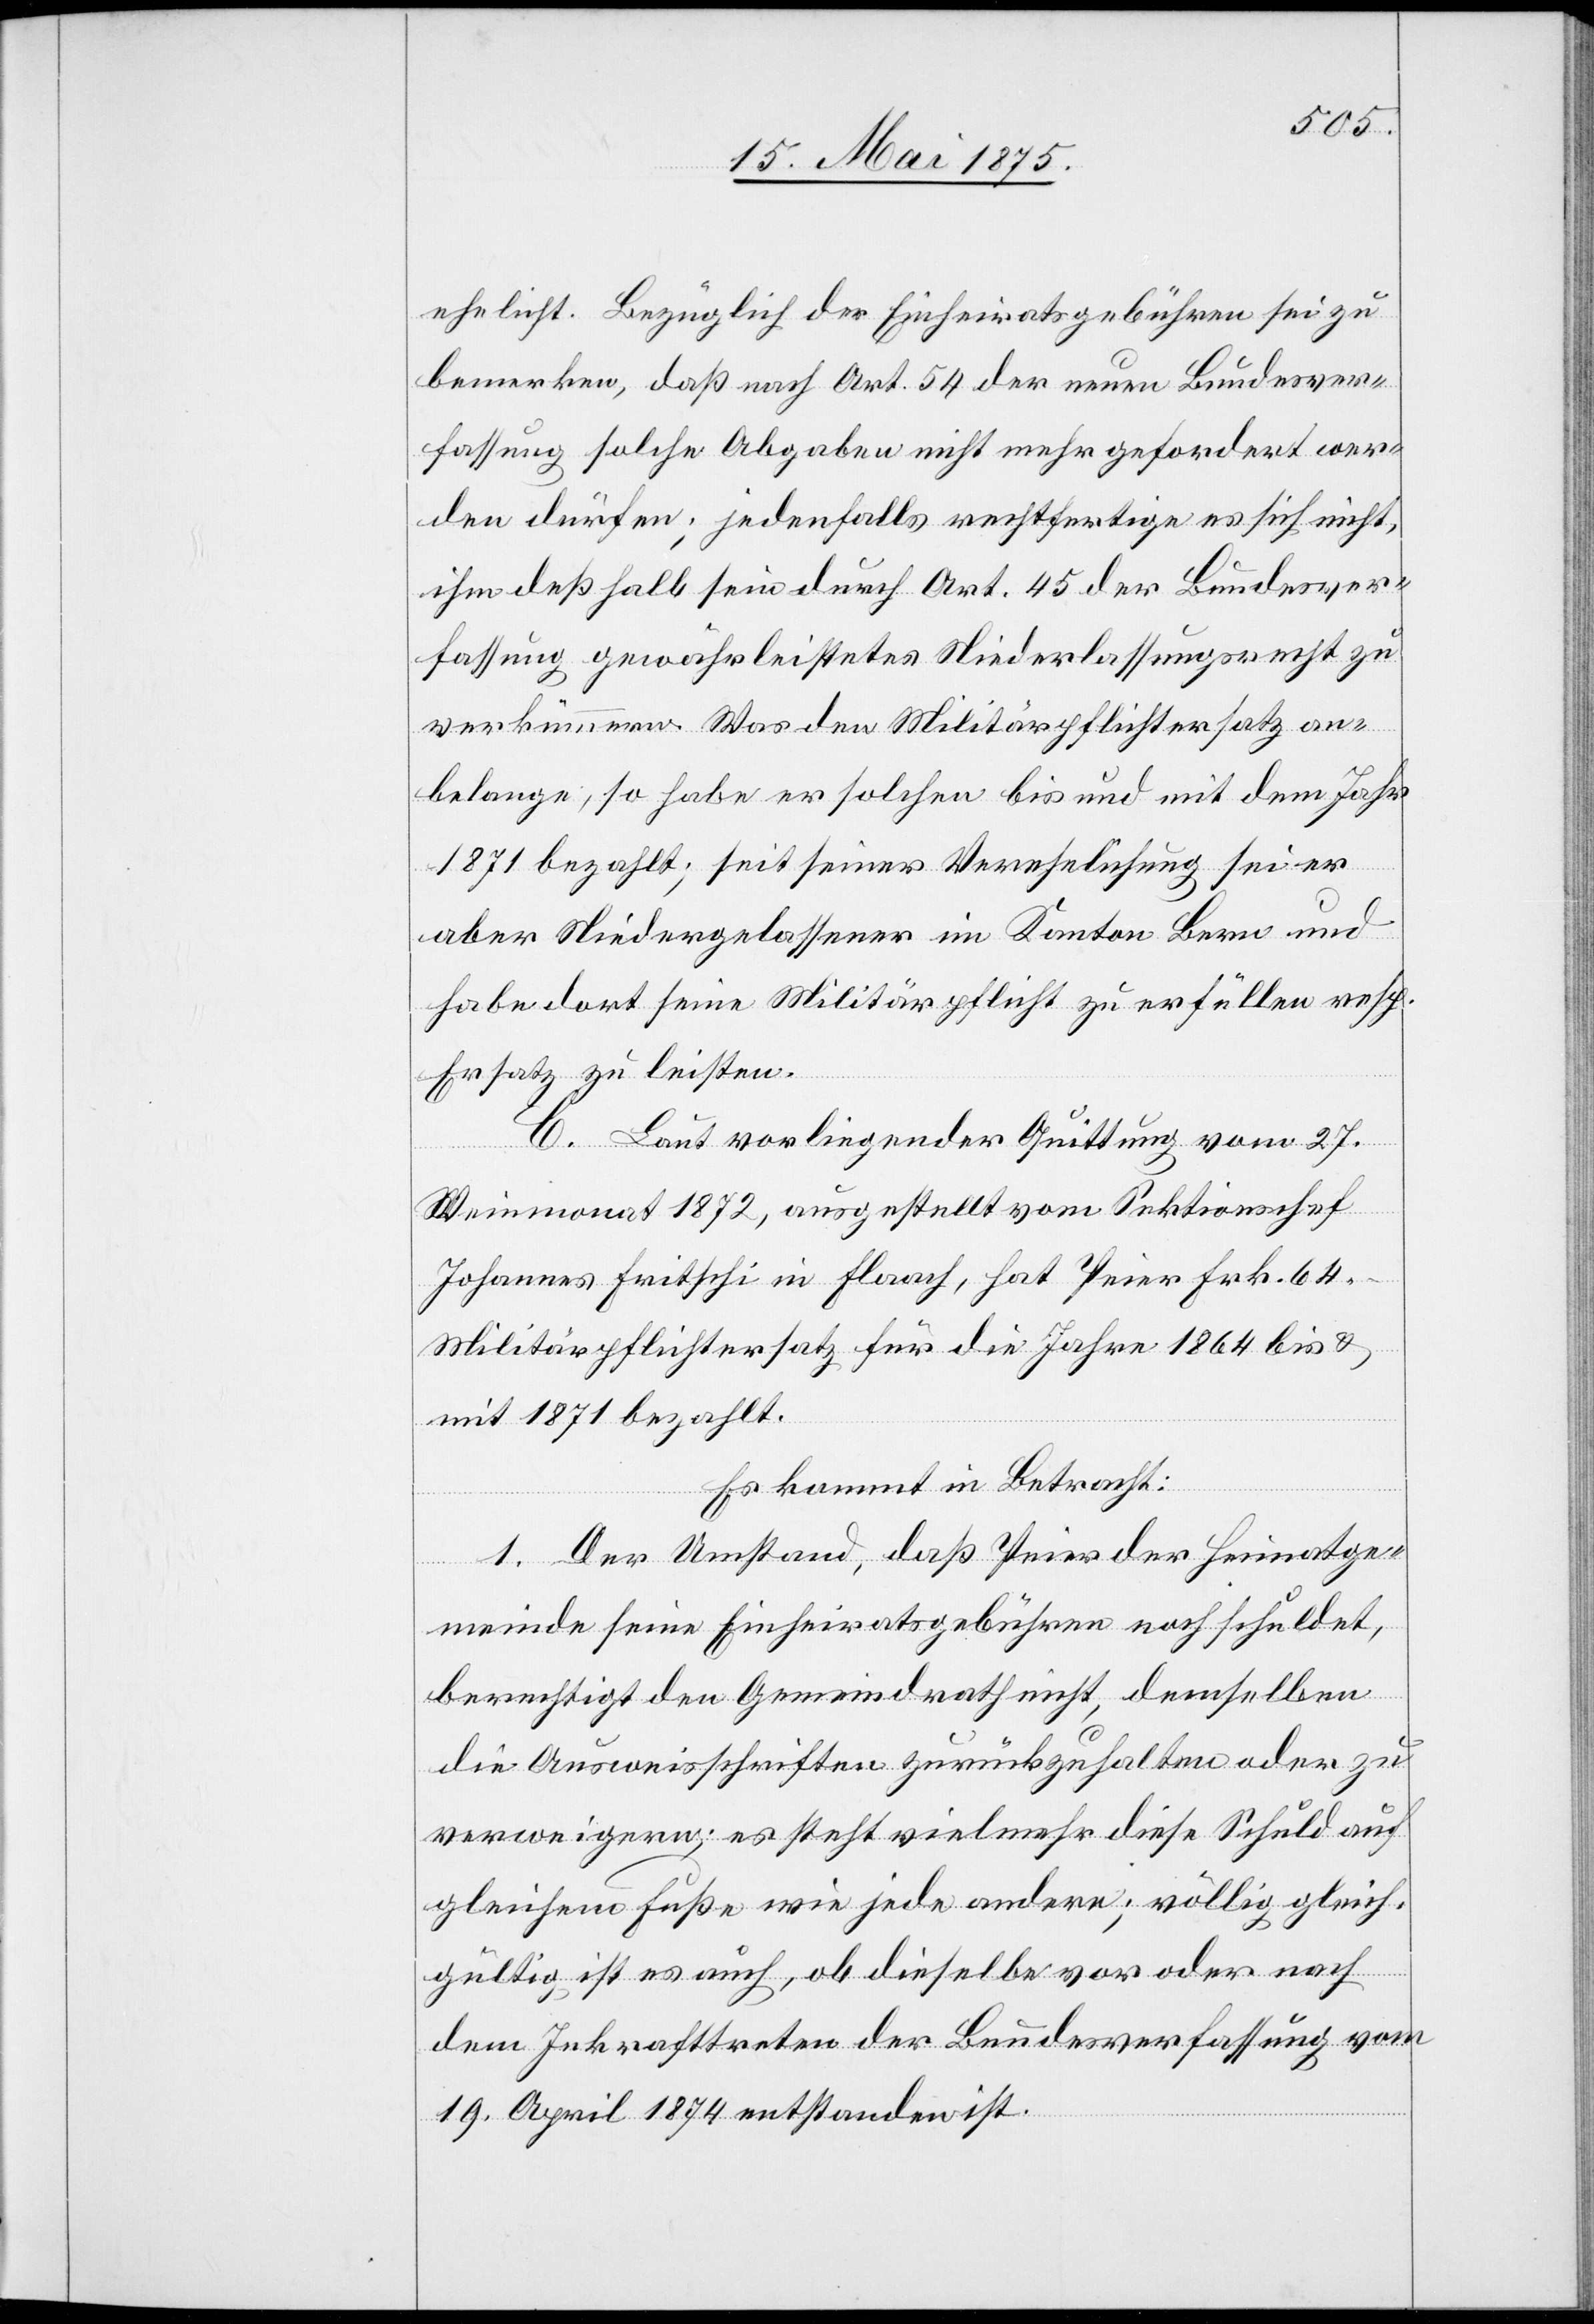
ehelicht. Bezüglich der Einheiratsgebühren sei zu
bemerken, daß nach Art. 54 der neuen Bundesver¬
fassung solche Abgaben nicht mehr gefordert wer¬
den dürfen; jedenfalls rechtfertige es sich nicht,
ihm deßhalb sein durch Art. 45 der Bundesver¬
fassung gewährleistetes Niederlassungsrecht zu
verkümmern. Was den Militärpflichtersatz an¬
belange, so habe er solchen bis und mit dem Jahr
1871 bezahlt; seit seiner Verehelichung sei er
aber Niedergelassener im Kanton Bern und
habe dort seine Militärpflicht zu erfüllen resp.
Ersatz zu leisten.
C. Laut vorliegender Quittung vom 27.
Weinmonat 1872, ausgestellt vom Sektionschef
Johannes Fritschi in Flaach, hat Peier Frk. 64
Militärpflichtersatz für die Jahre 1864 bis &
mit 1871 bezahlt.
Es kommt in Betracht:
1. Der Umstand, daß Peier der Heimatge¬
meinde seine Einheiratsgebühren noch schuldet,
berechtigt den Gemeindrath nicht, demselben
die Ausweisschriften zurückzuhalten oder zu
verweigern; es steht vielmehr diese Schuld auf
gleichem Fuße wie jede andere; völlig gleich¬
gültig ist es auch, ob dieselbe vor oder nach
dem Inkrafttreten der Bundesverfassung vom
19. April 1874 entstanden ist.